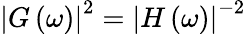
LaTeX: \left|G\left(\omega\right)\right|^{2}=\left|H\left(\omega\right)\right|^{-2}